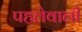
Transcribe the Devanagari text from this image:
पहलेवाली